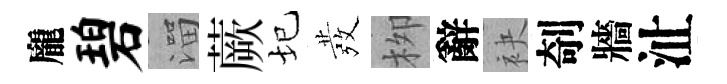
龐碧溜蕨圮發栁辭袂剞牆沚